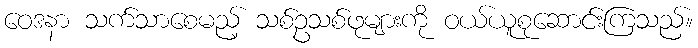
ဝေဒနာ သက်သာစေမည့် သစ်ဥသစ်ဖုများကို ဝယ်ယူစုဆောင်းကြသည်။